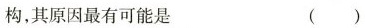
构，其原因最有可能是（）